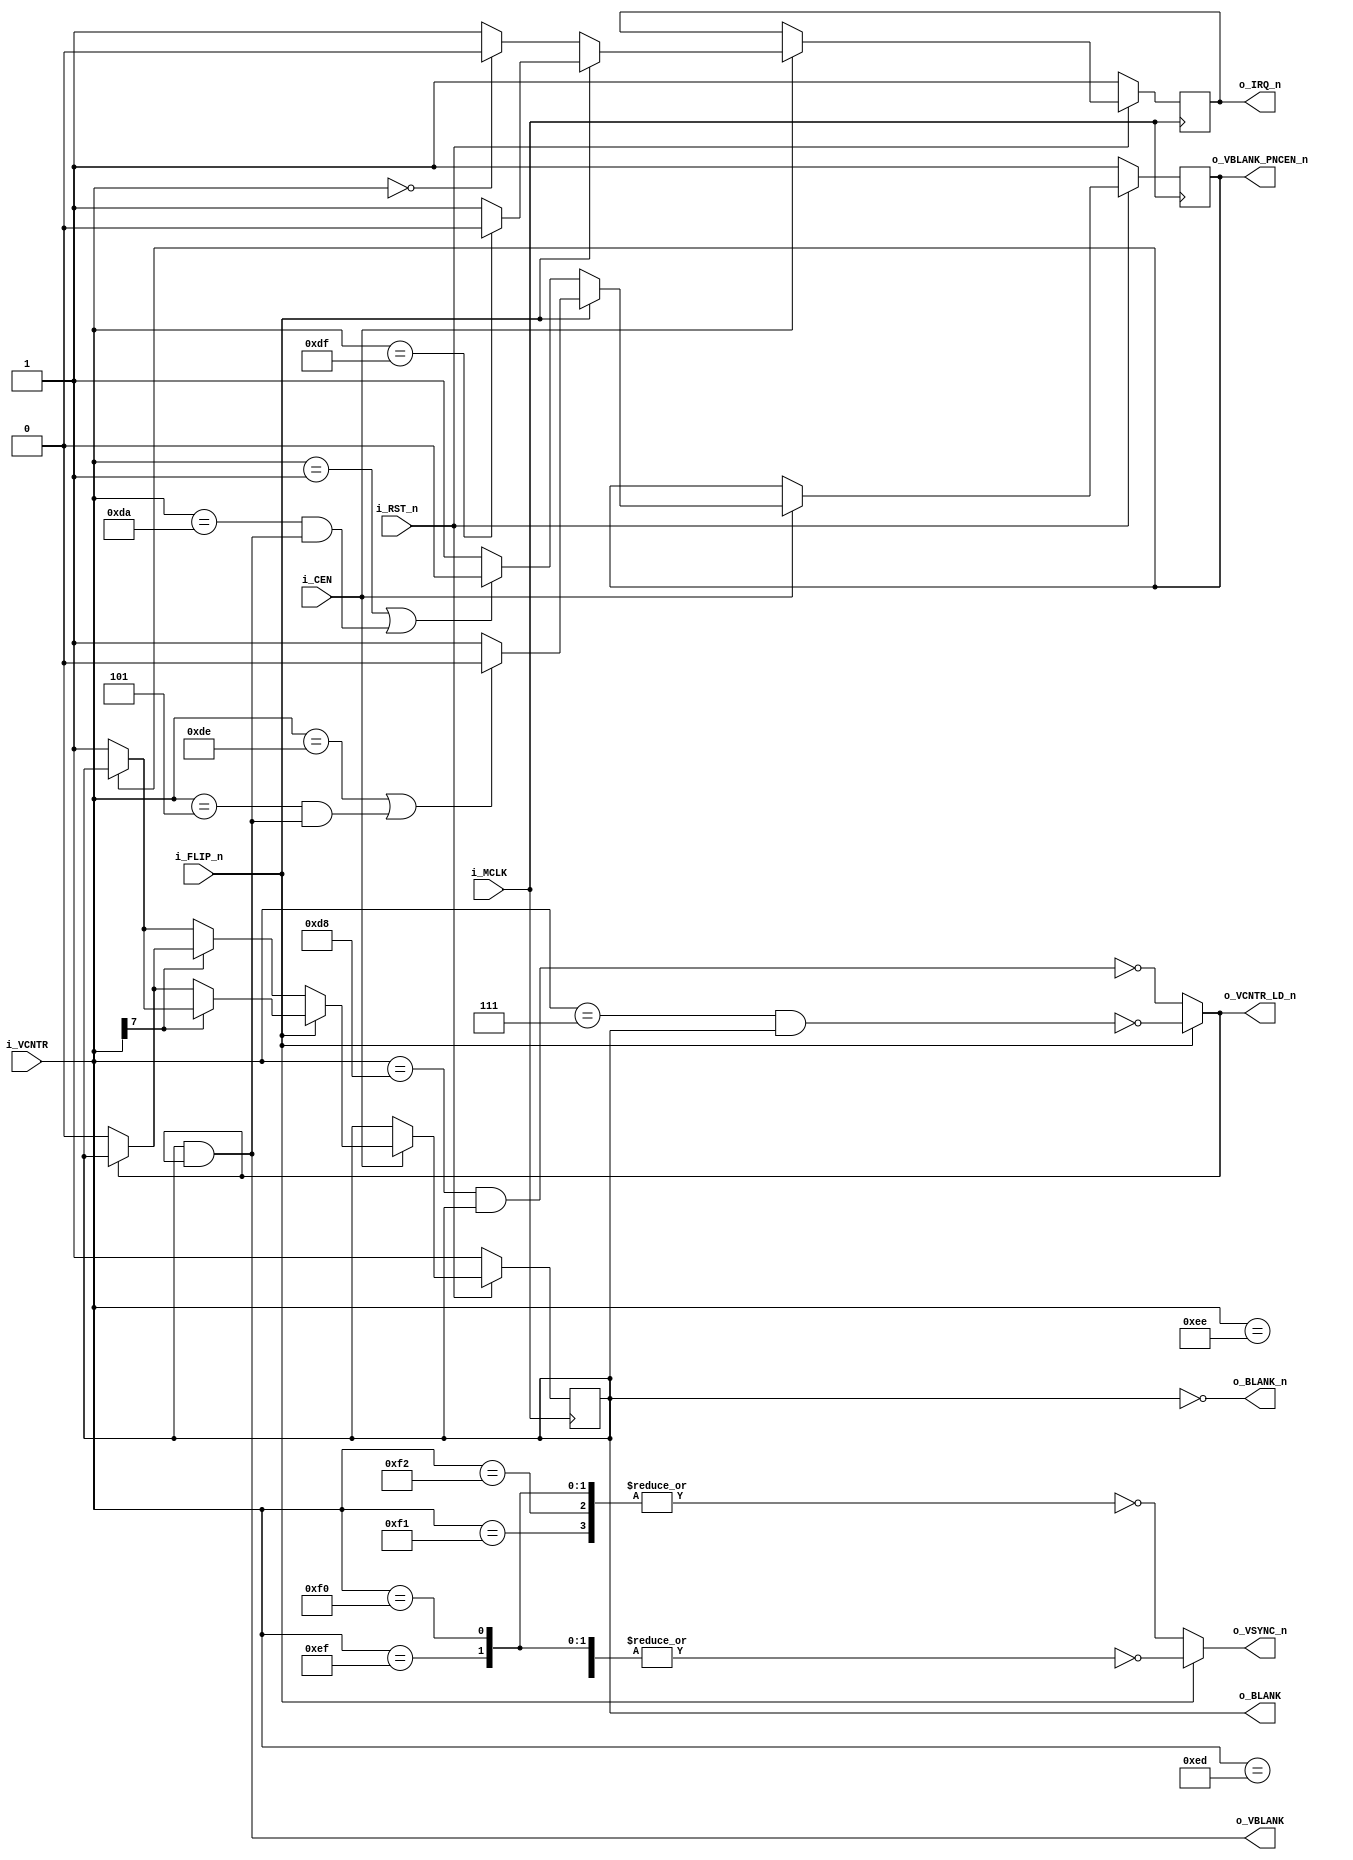
module SuprLoco_PAL16R4_PA5016 (
    input   wire            i_MCLK,
    input   wire            i_RST_n,
    input   wire            i_CEN,

    input   wire    [7:0]   i_VCNTR,            //[Pin9:Pin2]
    input   wire            i_FLIP_n,           //Pin19

    //combinational output
    output  reg             o_VCNTR_LD_n,       //Pin14
    output  reg             o_BLANK_n,          //Pin15
    output  reg             o_VSYNC_n,          //Pin16
    output  reg             o_VBLANK,           //Pin17

    //registered output
    output  reg             o_VBLANK_PNCEN_n,   //Pin18
    output  reg             o_BLANK,            //Pin13
    output  reg             o_IRQ_n             //Pin12
);

always @(posedge i_MCLK) begin
    if(!i_RST_n) begin
        o_VBLANK_PNCEN_n <= 1'b1;
        o_BLANK <= 1'b1;
        o_IRQ_n <= 1'b1;
    end
    else begin if(i_CEN) begin
        if(i_FLIP_n) begin
            //o_VBLANK_PNCEN_n
            if(i_VCNTR == 8'd222 || (i_VCNTR == 8'd5 && o_VBLANK)) o_VBLANK_PNCEN_n <= 1'b0;
            else o_VBLANK_PNCEN_n <= 1'b1;

            //o_BLANK
            if(i_VCNTR[7] == 1'b1) begin
                if(o_VBLANK_PNCEN_n == 1'b0) o_BLANK <= 1'b1;
            end
            else begin
                if(o_VCNTR_LD_n == 1'b0) o_BLANK <= 1'b0;
            end

            //o_IRQ
            if(i_VCNTR == 8'd223) o_IRQ_n <= 1'b0;
            else o_IRQ_n <= 1'b1;
        end
        else begin //flipped
            //o_VBLANK_PNCEN_n
            if(i_VCNTR == 8'd1 || (i_VCNTR == 8'd218 && o_VBLANK)) o_VBLANK_PNCEN_n <= 1'b0;
            else o_VBLANK_PNCEN_n <= 1'b1;

            //o_BLANK
            if(i_VCNTR[7] == 1'b0) begin
                if(o_VBLANK_PNCEN_n == 1'b0) o_BLANK <= 1'b1;
            end
            else begin
                if(o_VCNTR_LD_n == 1'b0) o_BLANK <= 1'b0;
            end

            //o_IRQ
            if(i_VCNTR == 8'd0) o_IRQ_n <= 1'b0;
            else o_IRQ_n <= 1'b1;
        end
    end end
end

always @(*) begin
    if(i_FLIP_n) begin        
        o_VCNTR_LD_n <= ~(i_VCNTR == 8'd7 & o_BLANK);
        o_BLANK_n <= ~o_BLANK;
        o_VSYNC_n <= ~|{i_VCNTR == 8'd237, i_VCNTR == 8'd238, i_VCNTR == 8'd239, i_VCNTR == 8'd240};
        o_VBLANK <= o_BLANK & o_VCNTR_LD_n;
    end
    else begin //flipped
        o_VCNTR_LD_n <= ~(i_VCNTR == 8'd216 & o_BLANK);
        o_BLANK_n <= ~o_BLANK;
        o_VSYNC_n <= ~|{i_VCNTR == 8'd239, i_VCNTR == 8'd240, i_VCNTR == 8'd241, i_VCNTR == 8'd242};
        o_VBLANK <= o_BLANK & o_VCNTR_LD_n;
    end
end

endmodule